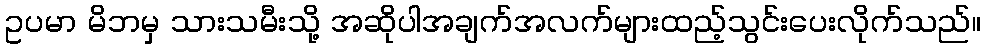
ဥပမာ မိဘမှ သားသမီးသို့ အဆိုပါအချက်အလက်များထည့်သွင်းပေးလိုက်သည်။